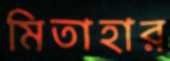
মিতাহার